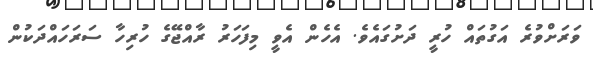
ވަރަށްވުރެ އަގުތައް ހުރީ ދަށުގައެވެ. އެހެން އެވީ މިފަހަރު ރާއްޖޭގެ ހުރިހާ ސަރަހައްދަކުން